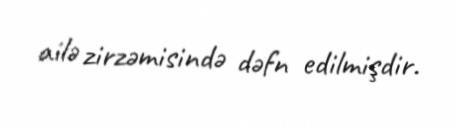
ailə zirzəmisində dəfn edilmişdir.